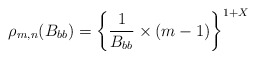
\begin{align*}\rho_{m,n}(B_{bb}) = \bigg\{ \frac{1}{B_{bb}}\times (m-1) \bigg\}^{1+X} \end{align*}